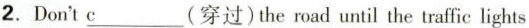
2.Don't \underline{c}(穿过)the road until the traffic lights